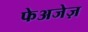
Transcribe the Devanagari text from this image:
फेअजेज़